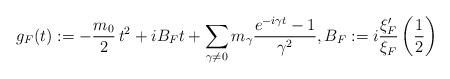
LaTeX: \begin{align*} g_F(t):= - \frac{m_0}{2}\,t^2+ iB_F t + \sum_{\gamma\not=0} m_\gamma \frac{e^{-i\gamma t}-1}{\gamma^2}, B_F := i\frac{\xi_F^\prime}{\xi_F}\left(\frac{1}{2}\right)\end{align*}